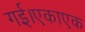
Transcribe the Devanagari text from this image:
गई।एकाएक